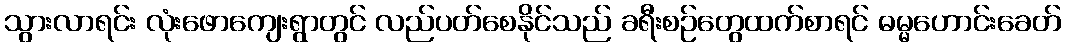
သွားလာရင်း လုံးဖောကျေးရွာတွင် လည်ပတ်စေနိုင်သည် ခရီးစဉ်တွေထက်စာရင် ဓမ္မဟောင်းခေတ်